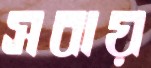
সবায়